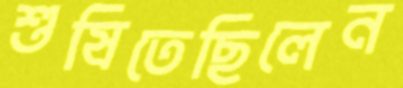
শুষিতেছিলেন